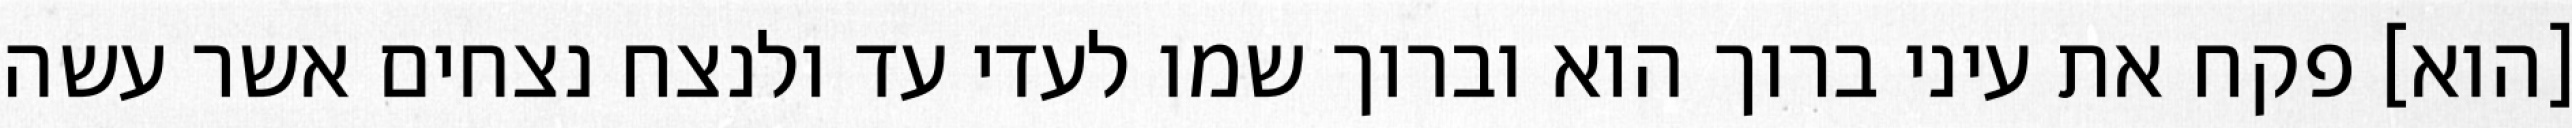
[הוא] פקח את עיני ברוך הוא וברוך שמו לעדי עד ולנצח נצחים אשר עשה